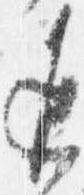
返